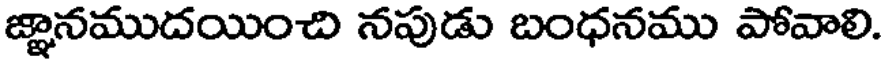
జ్ఞానముదయించి నపుడు బంధనము పోవాలి.